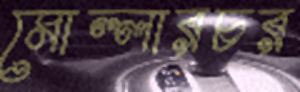
মোল্লারচর